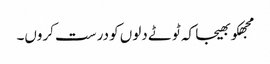
مجھکو بھیجا کہ ٹوٹے دلوں کو درست کروں۔